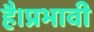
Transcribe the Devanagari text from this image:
है।प्रभावी